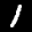
Label: 1